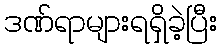
ဒဏ်ရာများရရှိခဲ့ပြီး